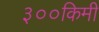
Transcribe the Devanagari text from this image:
३००किमी